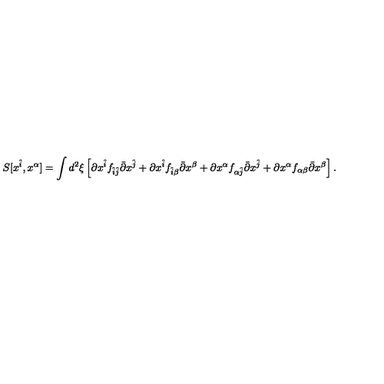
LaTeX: S [ x ^ { \hat { i } } , x ^ { \alpha } ] = \int d ^ { 2 } \xi \left[ \partial x ^ { \hat { i } } f _ { \hat { i } \hat { j } } \bar { \partial } x ^ { \hat { j } } + \partial x ^ { \hat { i } } f _ { \hat { i } \beta } \bar { \partial } x ^ { \beta } + \partial x ^ { \alpha } f _ { \alpha \hat { j } } \bar { \partial } x ^ { \hat { j } } + \partial x ^ { \alpha } f _ { \alpha \beta } \bar { \partial } x ^ { \beta } \right] .